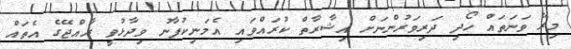
މިރޭ ވަނަތައް ހޯދި ދަރިވަރުންނަށް އިޝާރާތް ކުރައްވައި އެމަނިކުފާނު ވިދާޅުވީ ރާއްޖޭގެ އެތައް